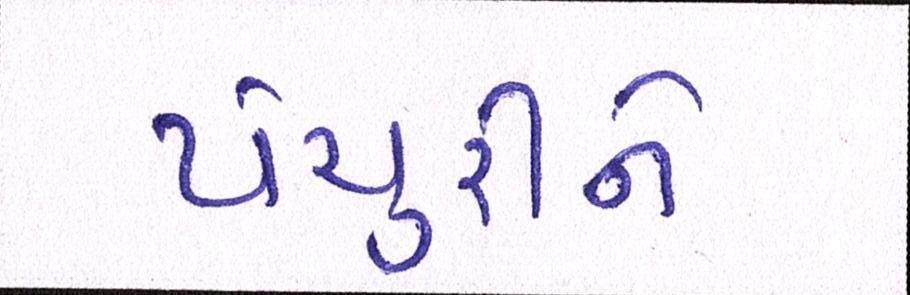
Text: યેચુરીને